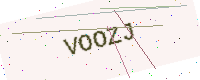
Text: VOOZJ